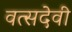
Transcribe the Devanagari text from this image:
वत्सदेवी